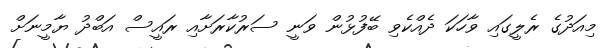
މިއަދުގެ ރެލީގައި ވާހަކަ ދެއްކެވި ބޭފުޅުން ވަނީ ސަރުކާރަށާއި ރައީސް އަބްދު ޔާމީނަށް